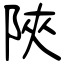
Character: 陝